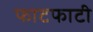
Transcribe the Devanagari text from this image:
फाटफाटी